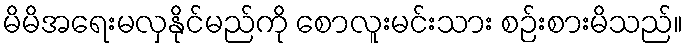
မိမိအရေးမလှနိုင်မည်ကို စောလူးမင်းသား စဉ်းစားမိသည်။